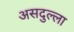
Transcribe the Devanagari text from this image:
असदुल्ला